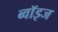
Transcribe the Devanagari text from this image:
ब्वॉइज